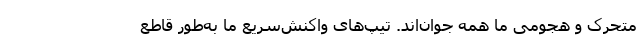
متحرک و هجومی ما همه‌ جوان‌اند. تیپ‌های واکنش‌سریع ما به‌طور قاطع